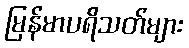
မြန်မာပရိသတ်များ